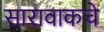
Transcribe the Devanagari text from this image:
सारावाकचे